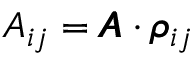
A _ { i j } = \pmb { A } \cdot \pmb { \rho } _ { i j }